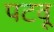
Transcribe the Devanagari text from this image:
पटवू